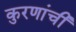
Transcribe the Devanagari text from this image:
कुरणांची